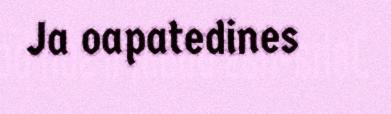
Ja oapatedines